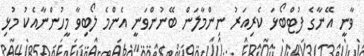
ވާނީ އޭނާގެ ފުޓްބޯޅަ ކެރިއަރު ނިންމާލަން ބޭނުންވަނީ އެންމެ ލޯބިވާ މީހުންނާއެކު މުޅި